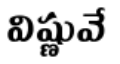
విష్ణువే